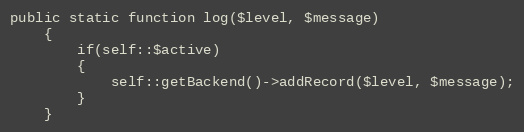
Language: PHP
public static function log($level, $message)
    {
        if(self::$active)
        {
            self::getBackend()->addRecord($level, $message);
        }
    }